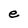
Character: e